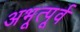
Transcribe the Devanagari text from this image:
अभूत्पूर्व